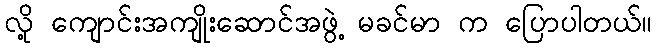
လို့ ကျောင်းအကျိုးဆောင်အဖွဲ့ မခင်မာ က ပြောပါတယ်။